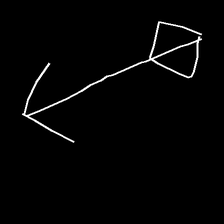
Glyph: focus